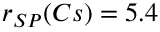
r _ { S P } ( C s ) = 5 . 4